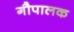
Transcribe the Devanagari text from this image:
गौपालक